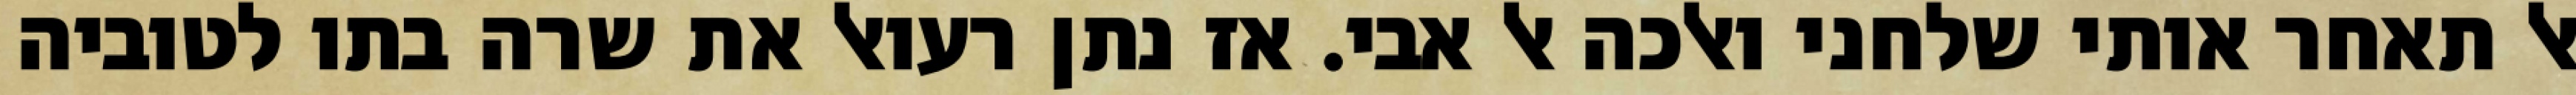
אל תאחר אותי שלחני ואלכה אל אבי. אז נתן רעואל את שרה בתו לטוביה